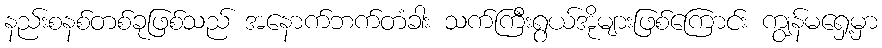
နည်းစနစ်တစ်ခုဖြစ်သည် အနောက်ဘက်တံခါး သက်ကြီးရွယ်အိုများဖြစ်ကြောင်း ကျွန်မရှေ့မှာ